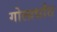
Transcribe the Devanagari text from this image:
गोलार्धांत